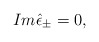
\begin{align*}Im\hat \epsilon _{\pm }=0,\end{align*}